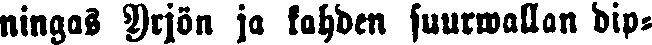
ningas Yrjön ja kahden suurwallan dip-